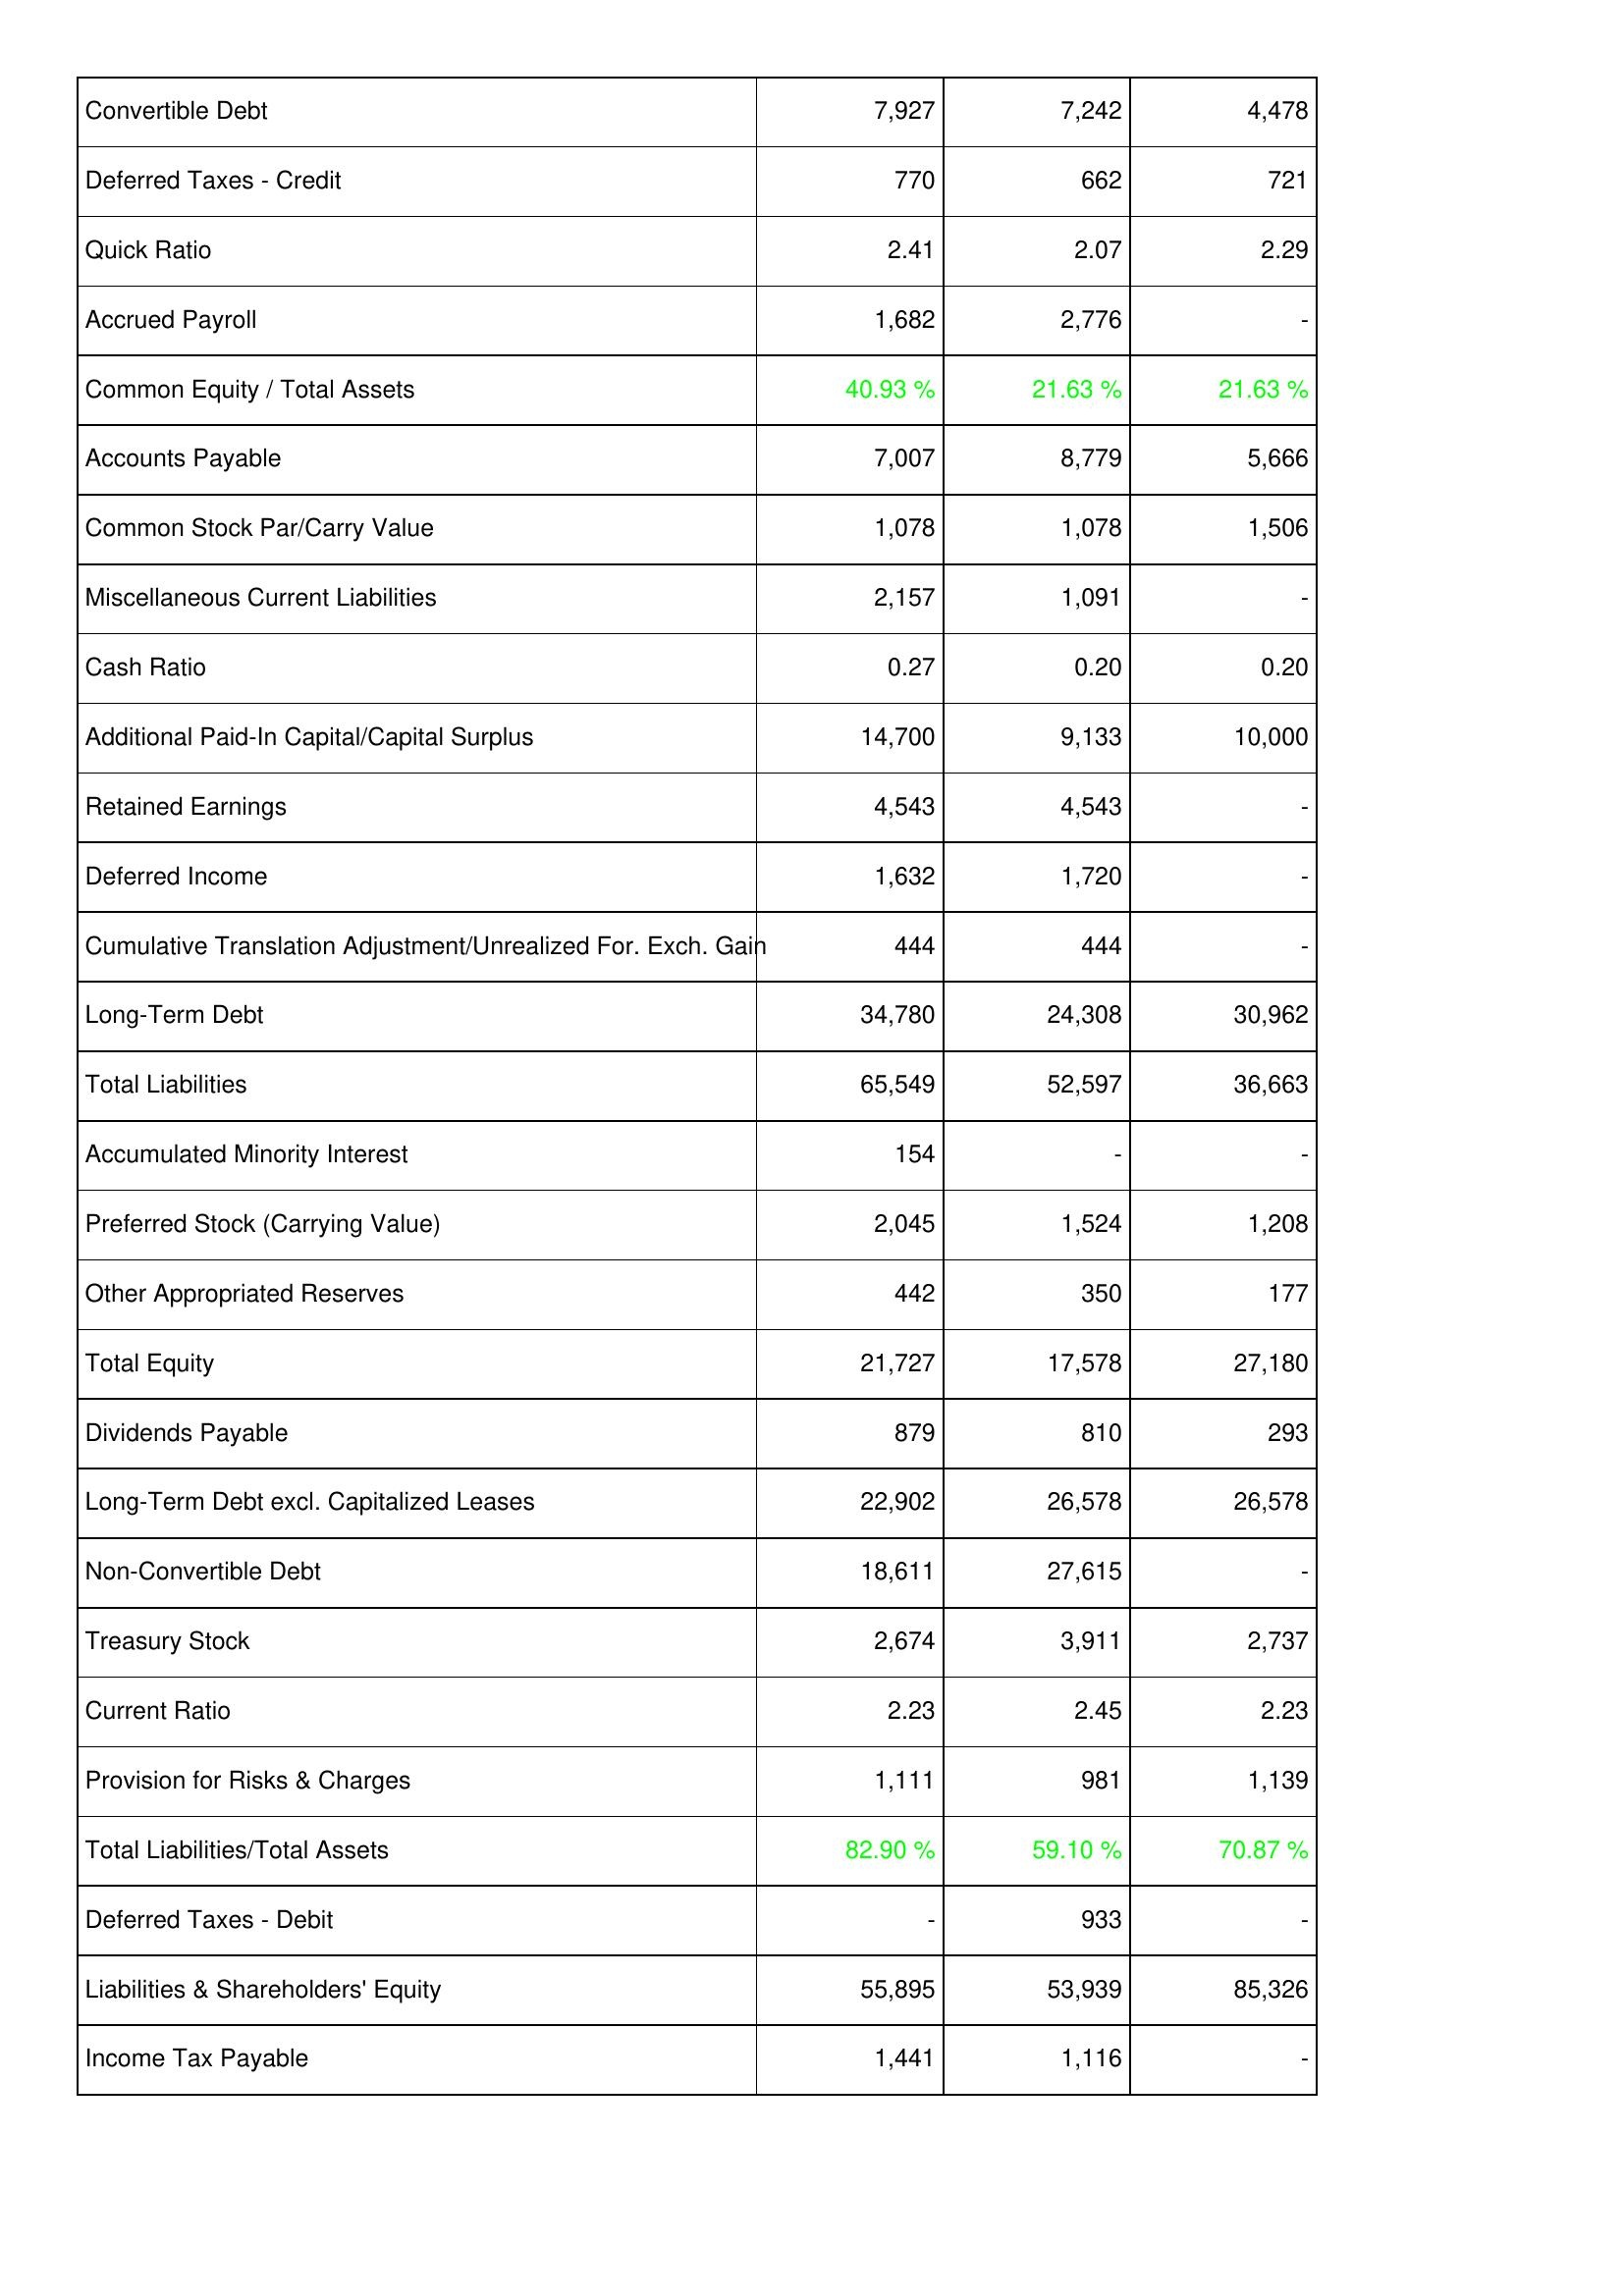
2024: Liabilities & Shareholders' Equity: Convertible Debt: 7,927
Deferred Taxes - Credit: 770
Quick Ratio: 2.41
Accrued Payroll: 1,682
Common Equity / Total Assets: 40.93 %
Accounts Payable: 7,007
Common Stock Par/Carry Value: 1,078
Miscellaneous Current Liabilities: 2,157
Cash Ratio: 0.27
Additional Paid-In Capital/Capital Surplus: 14,700
Retained Earnings: 4,543
Deferred Income: 1,632
Cumulative Translation Adjustment/Unrealized For. Exch. Gain: 444
Long-Term Debt: 34,780
Total Liabilities: 65,549
Accumulated Minority Interest: 154
Preferred Stock (Carrying Value): 2,045
Other Appropriated Reserves: 442
Total Equity: 21,727
Dividends Payable: 879
Long-Term Debt excl. Capitalized Leases: 22,902
Non-Convertible Debt: 18,611
Treasury Stock: 2,674
Current Ratio: 2.23
Provision for Risks & Charges: 1,111
Total Liabilities/Total Assets: 82.90 %
Deferred Taxes - Debit: -
Liabilities & Shareholders' Equity: 55,895
Income Tax Payable: 1,441
2023: Liabilities & Shareholders' Equity: Convertible Debt: 7,242
Deferred Taxes - Credit: 662
Quick Ratio: 2.07
Accrued Payroll: 2,776
Common Equity / Total Assets: 21.63 %
Accounts Payable: 8,779
Common Stock Par/Carry Value: 1,078
Miscellaneous Current Liabilities: 1,091
Cash Ratio: 0.20
Additional Paid-In Capital/Capital Surplus: 9,133
Retained Earnings: 4,543
Deferred Income: 1,720
Cumulative Translation Adjustment/Unrealized For. Exch. Gain: 444
Long-Term Debt: 24,308
Total Liabilities: 52,597
Accumulated Minority Interest: -
Preferred Stock (Carrying Value): 1,524
Other Appropriated Reserves: 350
Total Equity: 17,578
Dividends Payable: 810
Long-Term Debt excl. Capitalized Leases: 26,578
Non-Convertible Debt: 27,615
Treasury Stock: 3,911
Current Ratio: 2.45
Provision for Risks & Charges: 981
Total Liabilities/Total Assets: 59.10 %
Deferred Taxes - Debit: 933
Liabilities & Shareholders' Equity: 53,939
Income Tax Payable: 1,116
2022: Liabilities & Shareholders' Equity: Convertible Debt: 4,478
Deferred Taxes - Credit: 721
Quick Ratio: 2.29
Accrued Payroll: -
Common Equity / Total Assets: 21.63 %
Accounts Payable: 5,666
Common Stock Par/Carry Value: 1,506
Miscellaneous Current Liabilities: -
Cash Ratio: 0.20
Additional Paid-In Capital/Capital Surplus: 10,000
Retained Earnings: -
Deferred Income: -
Cumulative Translation Adjustment/Unrealized For. Exch. Gain: -
Long-Term Debt: 30,962
Total Liabilities: 36,663
Accumulated Minority Interest: -
Preferred Stock (Carrying Value): 1,208
Other Appropriated Reserves: 177
Total Equity: 27,180
Dividends Payable: 293
Long-Term Debt excl. Capitalized Leases: 26,578
Non-Convertible Debt: -
Treasury Stock: 2,737
Current Ratio: 2.23
Provision for Risks & Charges: 1,139
Total Liabilities/Total Assets: 70.87 %
Deferred Taxes - Debit: -
Liabilities & Shareholders' Equity: 85,326
Income Tax Payable: -